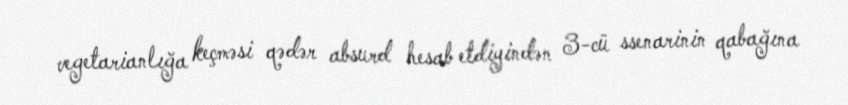
vegetarianlığa keçməsi qədər absurd hesab etdiyindən 3-cü ssenarinin qabağına